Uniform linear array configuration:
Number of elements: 32
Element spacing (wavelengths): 0.5
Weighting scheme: binomial
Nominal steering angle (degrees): -15
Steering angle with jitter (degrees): -14.949
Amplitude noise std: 0.05
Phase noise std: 0.05

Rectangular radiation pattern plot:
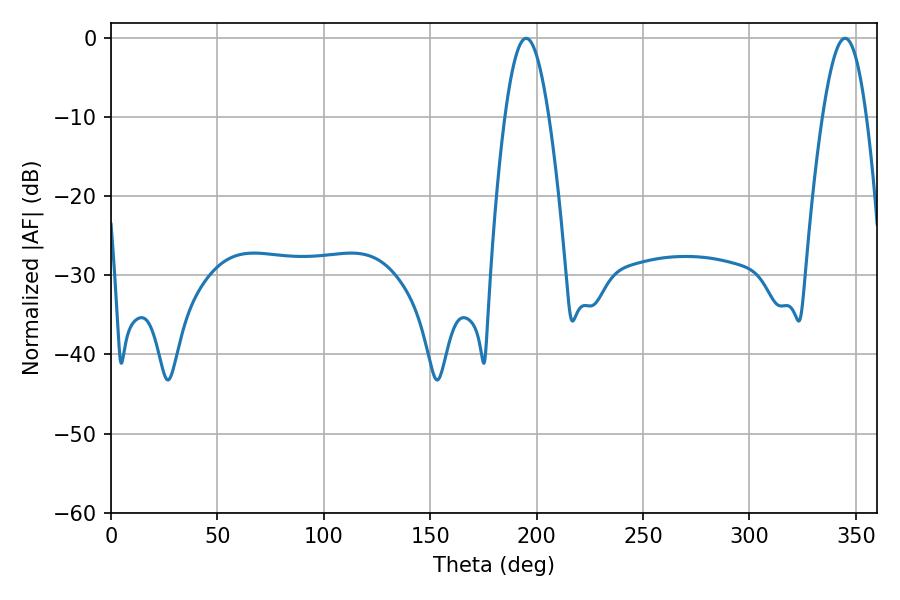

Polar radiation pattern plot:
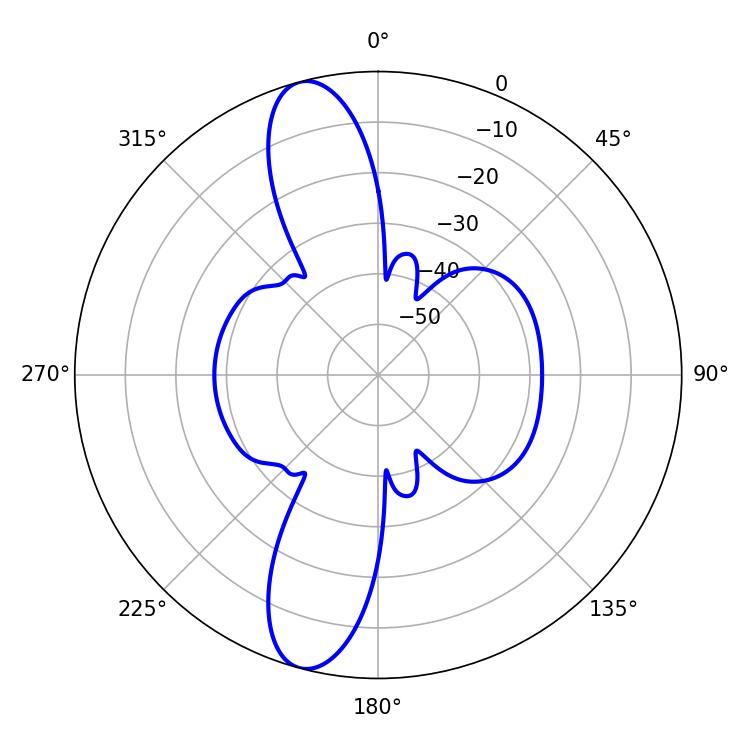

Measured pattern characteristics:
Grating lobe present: FALSE
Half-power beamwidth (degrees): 11.16
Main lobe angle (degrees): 344.88